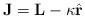
\begin{align*}\mathbf{J}=\mathbf{L}-\kappa\hat{\mathbf{r}}\end{align*}